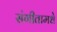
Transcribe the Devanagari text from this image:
संगीतामधे